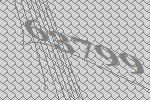
63799